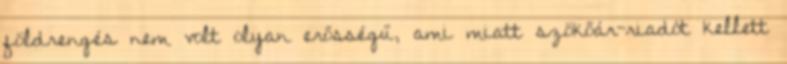
földrengés nem volt olyan erősségű, ami miatt szökőár-riadót kellett